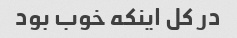
در کل اینکه خوب بود